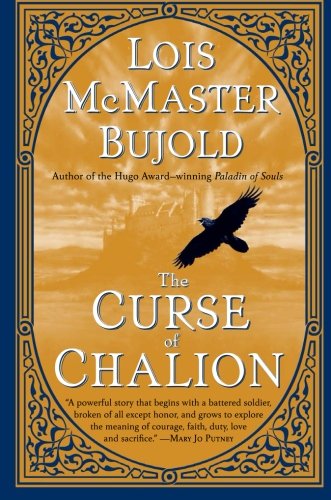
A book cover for The Curse of Chalion (Chalion series); Lois McMaster Bujold; Romance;